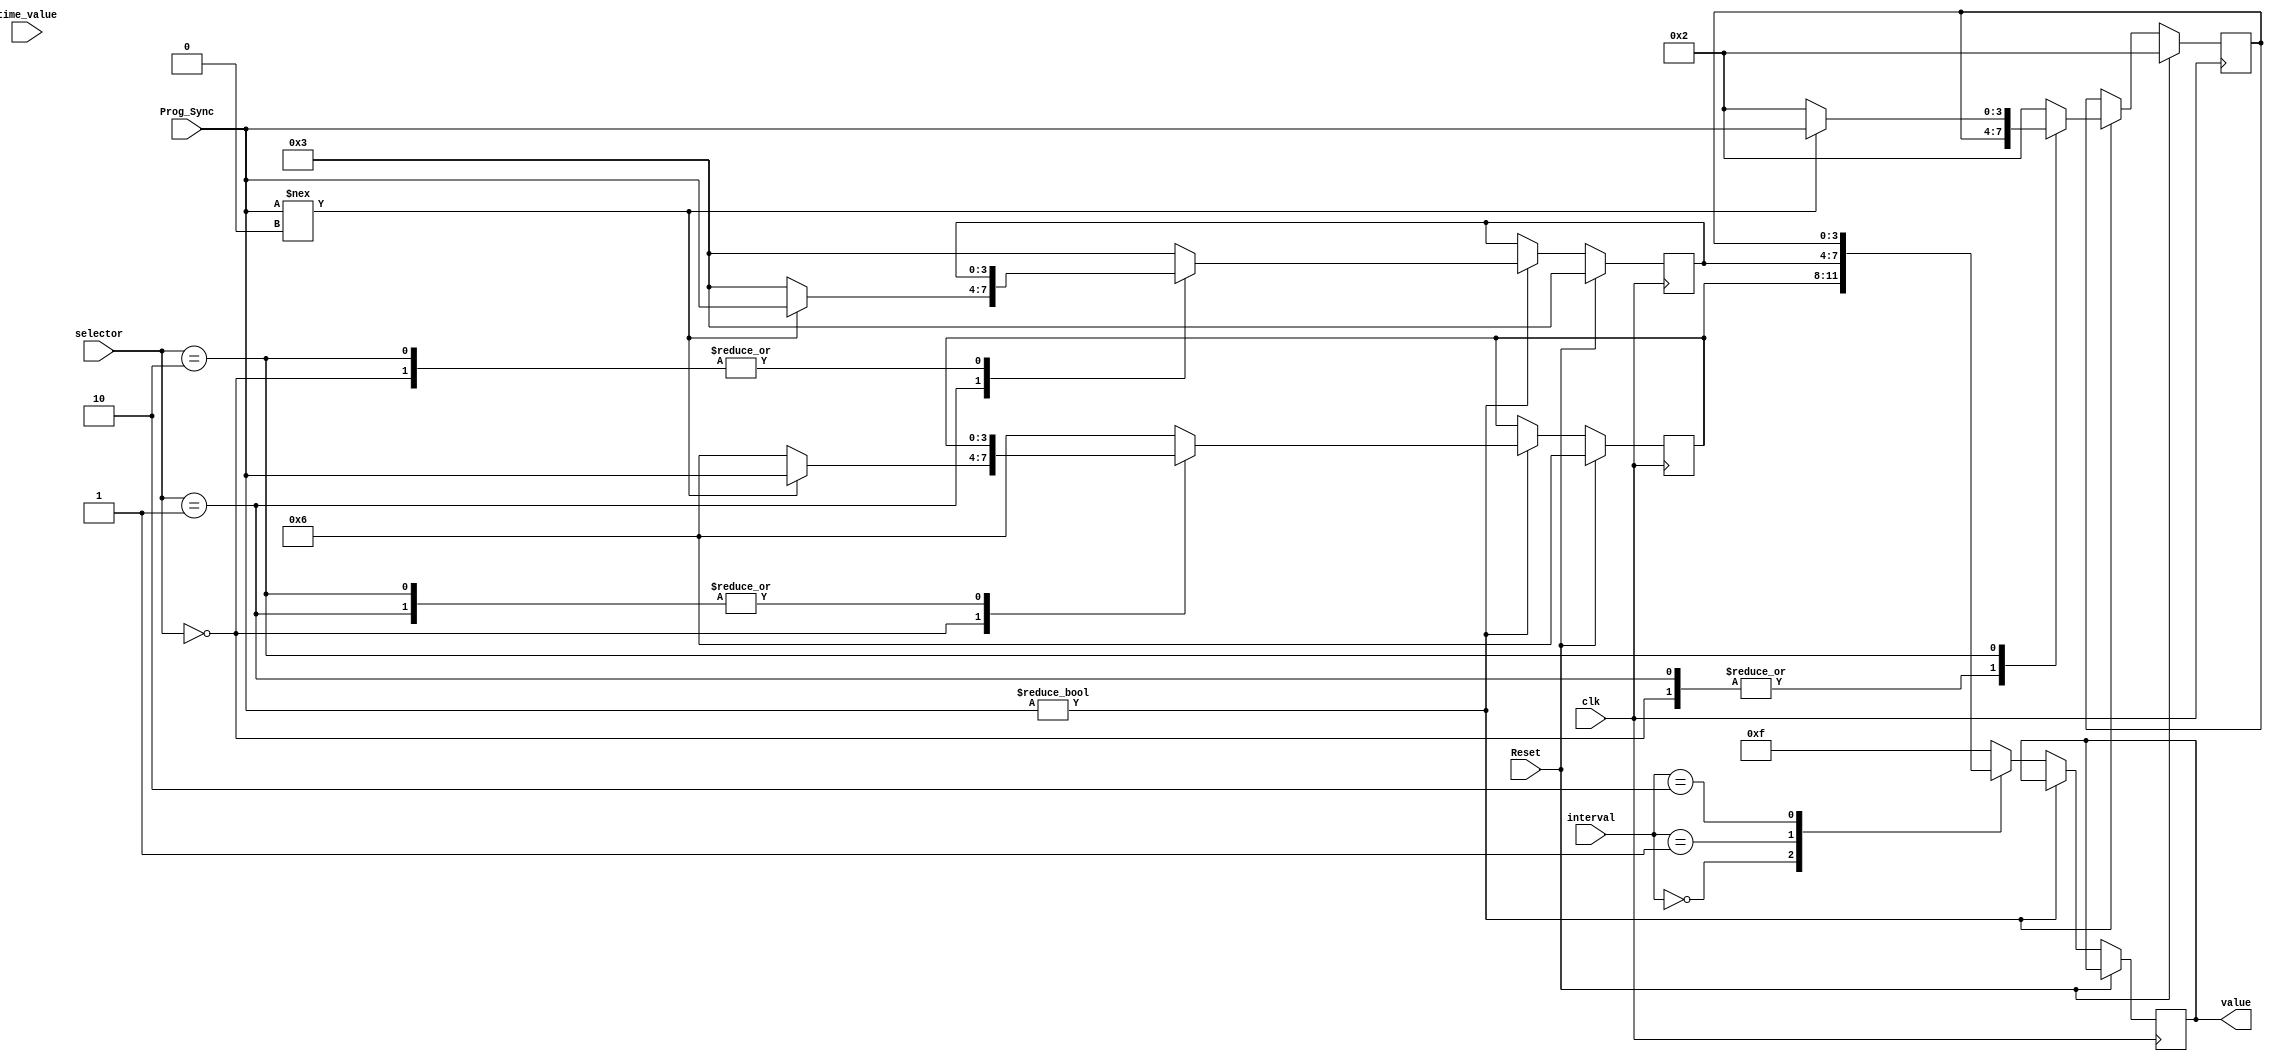
`timescale 1ns/1ps



module TimeParameters(selector, interval, Prog_Sync,time_value, value, clk, Reset);
	 
  
    input clk, Reset;
	input[1:0] selector;
	input[3:0] Prog_Sync;
	input[1:0] interval;
    input[3:0] time_value;
    output reg[3:0] value;
	
	parameter BASE_ADD = 2'b00;
	parameter EXTD_ADD = 2'b01;
	parameter YELL_ADD = 2'b10;
	
	parameter BASE_DEFAULT = 4'd6;
	parameter EXTD_DEFAULT = 4'd3;
	parameter YELL_DEFAULT = 4'd2;
	
	reg[3:0] BASE_VALUE = BASE_DEFAULT;
	reg[3:0] EXTD_VALUE = EXTD_DEFAULT;
	reg[3:0] YELL_VALUE = YELL_DEFAULT;
		

	always @ (posedge clk)
	begin
      if(Reset)
			begin
				BASE_VALUE = BASE_DEFAULT;
				EXTD_VALUE = EXTD_DEFAULT;
				YELL_VALUE = YELL_DEFAULT;
			end
			
      else if(Prog_Sync)
			begin
			
				case(selector)
				
					BASE_ADD: BASE_VALUE = (Prog_Sync !== 4'd0) ? Prog_Sync : BASE_DEFAULT;
					EXTD_ADD: EXTD_VALUE = (Prog_Sync !== 4'd0) ? Prog_Sync : EXTD_DEFAULT;
					YELL_ADD: YELL_VALUE = (Prog_Sync !== 4'd0) ? Prog_Sync : YELL_DEFAULT;
					
					default:														
						begin
							BASE_VALUE = BASE_DEFAULT;			
							EXTD_VALUE = EXTD_DEFAULT;
							YELL_VALUE = YELL_DEFAULT;
						end
				endcase
				
			end
			
		else
			begin
			
				case(interval)
					BASE_ADD: value <= BASE_VALUE;
					EXTD_ADD: value <= EXTD_VALUE;
					YELL_ADD: value <= YELL_VALUE;
				
					default:
						value <= 4'd15;										
				endcase																	
			
			end
	end
	
endmodule